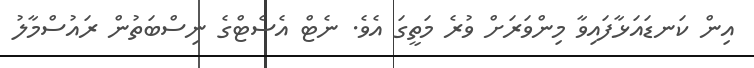
އިން ކަނޑައަޅާފައިވާ މިންވަރަށް ވުރެ މަތީގަ އެވެ. ނެޓް އެސެޓްގެ ނިސްބަތުން ރައުސްމާލު